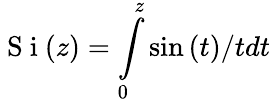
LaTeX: \mathrm{~S~i~}(z)=\intop_{0}^{z}\sin\left(t\right)/tdt